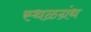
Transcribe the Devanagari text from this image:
स्थळग्रंथ